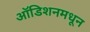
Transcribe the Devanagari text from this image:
ऑडिशनमधून